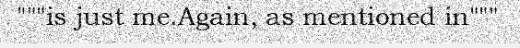
"""is just me.Again, as mentioned in"""